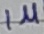
Text: 1µ